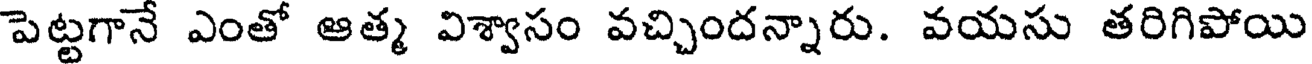
పెట్టగానే ఎంతో ఆత్మ విశ్వాసం వచ్చిందన్నారు. వయసు తరిగిపోయి